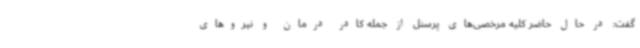
گفت: در حال حاضر کلیه مرخصی‌های پرسنل از جمله کادر درمان و نیروهای